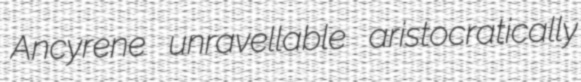
Ancyrene unravellable aristocratically